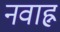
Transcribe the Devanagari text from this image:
नवाह्न